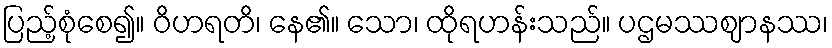
ပြည့်စုံစေ၍။ ဝိဟရတိ၊ နေ၏။ သော၊ ထိုရဟန်းသည်။ ပဌမဿဈာနဿ၊